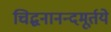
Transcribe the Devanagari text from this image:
चिद्घनानन्दमूर्तये